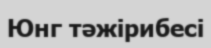
Юнг тәжірибесі